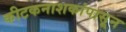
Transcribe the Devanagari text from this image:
कीटकनाशकांपासून